Civil Veterinary Dept. Assam report 1911-1927 - 1911-1927
Year: 1911
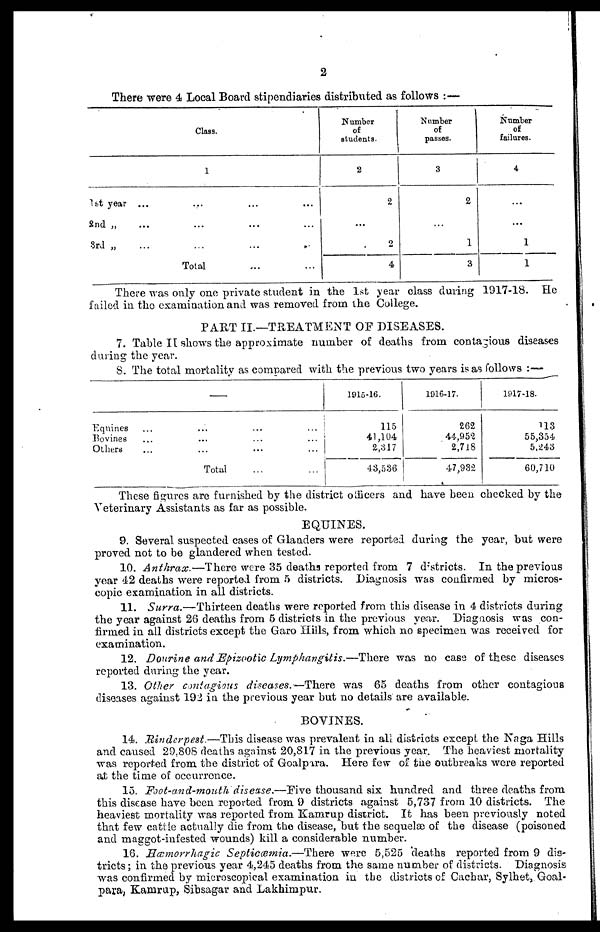
2
There were 4 Local Board stipendiaries distributed as follows :—
Class.
1
1st year ... ... ... ...
2nd „ ... ... ... ...
3rd „ ... ... ... ...
Total
Number
of
students.
2
2
...
2
4
Number
of
passes.
3
2
...
1
3
Number
of
failures.
4
...
...
1
1
There was only one private student in the 1st year class during 1917-18. He
failed in the examination and was removed from the College.
PART II.—TREATMENT OF DISEASES.
7. Table II shows the approximate number of deaths from contagious diseases
during the year.
8. The total mortality as compared with the previous two years is as follows :—
Eqnines ... ... ... ...
Bovines ... ... ... ...
Others ... ... ... ...
Total
1915-16.
115
41,104
2,317
43,536
1916-17.
262
44,952
2,718
47,932
1917-18.
113
55,354
5,243
60,710
These figures are furnished by the district officers and have been checked by the
Veterinary Assistants as far as possible.
EQUINES.
9. Several suspected cases of Glanders were reported during the year, hut were
proved not to be glandered when tested.
10. Anthrax.—There were 35 deaths reported from 7 districts. In the previous
year 42 deaths were reported from 5 districts. Diagnosis was confirmed by micros-
copic examination in all districts.
11. Surra.—Thirteen deaths were reported from this disease in 4 districts during
the year against 26 deaths from 5 districts in the previous year. Diagnosis was con-
firmed in all districts except the Garo Hills, from which no specimen was received for
examination.
12. Dourine and Epizootic Lymphangitis.—There was no case of these diseases
reported during the year.
13. Other contagious diseases.—There was 65 deaths from other contagious
diseases against 192 in the previous year but no details are available.
BOVINES.
14. Rinderpest.—This disease was prevalent in all districts except the Naga Hills
and caused 29,808 deaths against 20,817 in the previous year. The heaviest mortality
was reported from the district of Goalpara. Here few of the outbreaks were reported
at the time of occurrence.
15. Foot-and-mouth disease.—Five thousand six hundred and three deaths from
this disease have been reported from 9 districts against 5,737 from 10 districts. The
heaviest mortality was reported from Kamrup district. It has been previously noted
that few cattle actually die from the disease, but the sequelæ of the disease (poisoned
and maggot-infested wounds) kill a considerable number.
16. Hæmorrhagic Septicæmia.—There were 5,525 'deaths reported from 9 dis-
tricts; in the previous year 4,245 deaths from the same number of districts. Diagnosis
was confirmed by microscopical examination in the districts of Gachar, Sylhet, Goal-
para, Kamrup, Sibsagar and Lakhimpur.